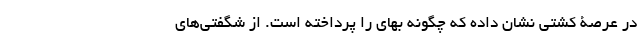
در عرصۀ کُشتی نشان داده که چگونه بهای را پرداخته است. از شگفتی‌های